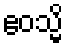
ဧဝသ္မိ